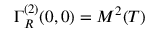
\Gamma _ { R } ^ { ( 2 ) } ( 0 , 0 ) = M ^ { 2 } ( T )